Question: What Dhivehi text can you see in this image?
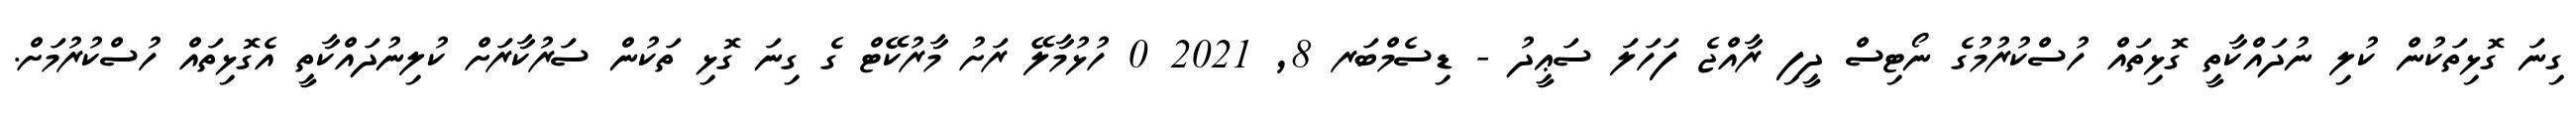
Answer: ގިނަ ގޮޅިތަކުން ކުލި ނުދައްކާތީ ގޮޅިތައް ހުސްކުރުމުގެ ނޯޓިސް ދީފި ރާއްޖެ ފަހަލަ ސަޢީދު - ޑިސެމްބަރ 8, 2021 0 ހުޅުމާލޭ ރަށު މާރުކޭޓް ގެ ގިނަ ގޮޅި ތަކުން ސަރުކާރަށް ކުލިނުދައްކާތީ އެގޮޅިތައް ހުސްކުރުމަށް.